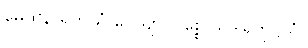
မေထုနာရတိယံ ဝေယျာ၊ ဝစ္စေ သဒါရတုဋ္ဌိယံ။